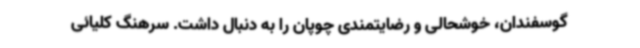
گوسفندان، خوشحالی و رضایتمندی چوپان را به دنبال داشت. سرهنگ کلیائی